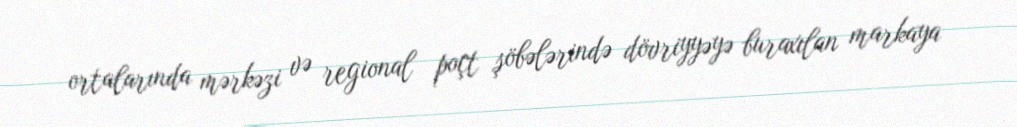
ortalarında mərkəzi və regional poçt şöbələrində dövriyyəyə buraxılan markaya